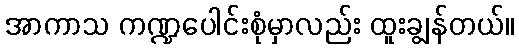
အာကာသ ကဏ္ဍပေါင်းစုံမှာလည်း ထူးချွန်တယ်။